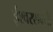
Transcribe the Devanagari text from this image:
ईश्वरशक्ती